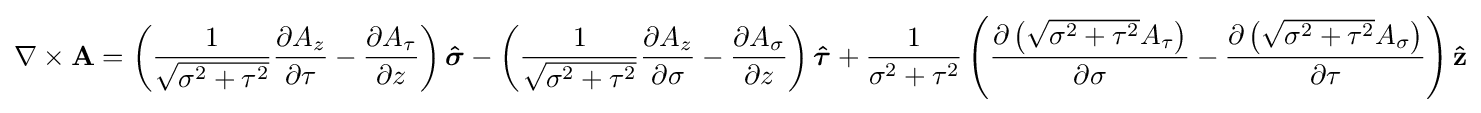
\nabla \times \mathbf {A} =\left({\frac {1}{\sqrt {\sigma ^{2}+\tau ^{2}}}}{\frac {\partial A_{z}}{\partial \tau }}-{\frac {\partial A_{\tau }}{\partial z}}\right){\boldsymbol {\hat {\sigma }}}-\left({\frac {1}{\sqrt {\sigma ^{2}+\tau ^{2}}}}{\frac {\partial A_{z}}{\partial \sigma }}-{\frac {\partial A_{\sigma }}{\partial z}}\right){\boldsymbol {\hat {\tau }}}+{\frac {1}{\sigma ^{2}+\tau ^{2}}}\left({\frac {\partial \left({\sqrt {\sigma ^{2}+\tau ^{2}}}A_{\tau }\right)}{\partial \sigma }}-{\frac {\partial \left({\sqrt {\sigma ^{2}+\tau ^{2}}}A_{\sigma }\right)}{\partial \tau }}\right)\mathbf {\hat {z}}